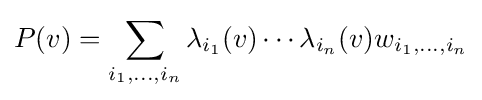
P(v)=\sum _{i_{1},\dots ,i_{n}}\lambda _{i_{1}}(v)\cdots \lambda _{i_{n}}(v)w_{i_{1},\dots ,i_{n}}